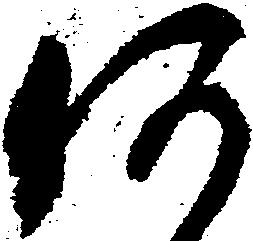
何